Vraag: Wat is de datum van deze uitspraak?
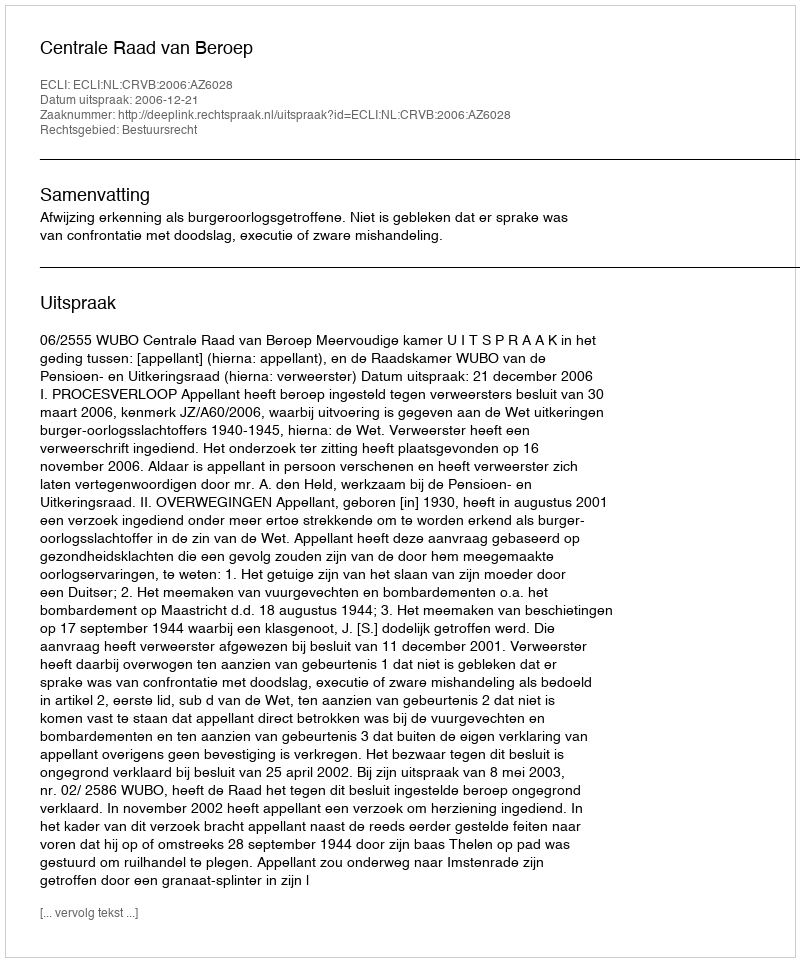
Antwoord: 2006-12-21